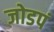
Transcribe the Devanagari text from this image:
जोडपं